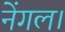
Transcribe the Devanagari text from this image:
नेंगल।